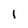
Character: l